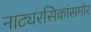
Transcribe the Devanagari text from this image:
नाट्यरसिकांसमोर